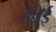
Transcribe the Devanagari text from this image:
हपेई